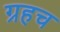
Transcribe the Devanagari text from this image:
ग्रहच